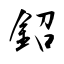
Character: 鉊